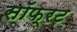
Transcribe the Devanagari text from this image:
सॉफ्रट